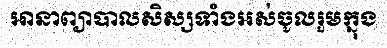
អានាព្យាបាលសិស្សទាំងអស់ចូលរួមក្នុង